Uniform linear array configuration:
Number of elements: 32
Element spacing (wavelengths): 0.25
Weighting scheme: hamming
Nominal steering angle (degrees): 0
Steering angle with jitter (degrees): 0.2645
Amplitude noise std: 0.05
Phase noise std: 0.05

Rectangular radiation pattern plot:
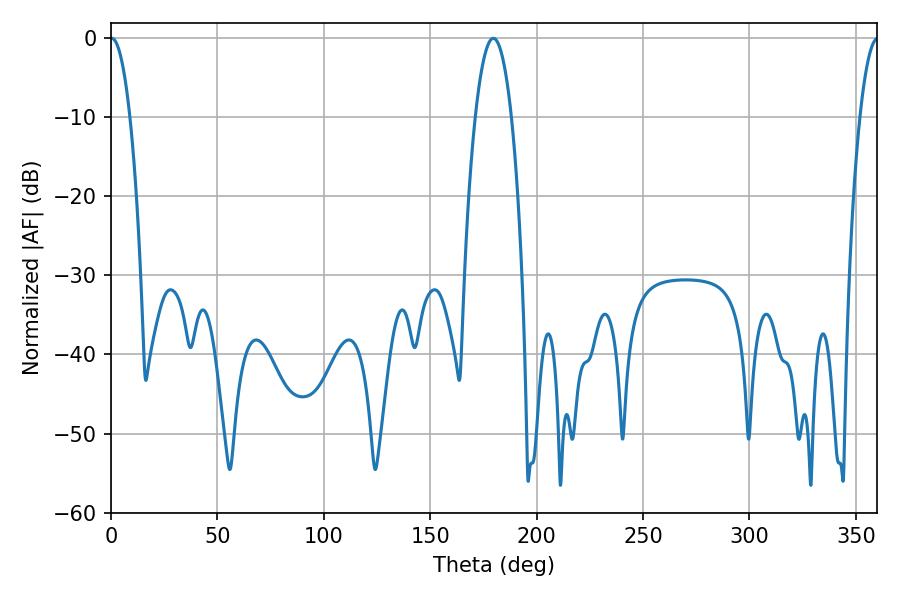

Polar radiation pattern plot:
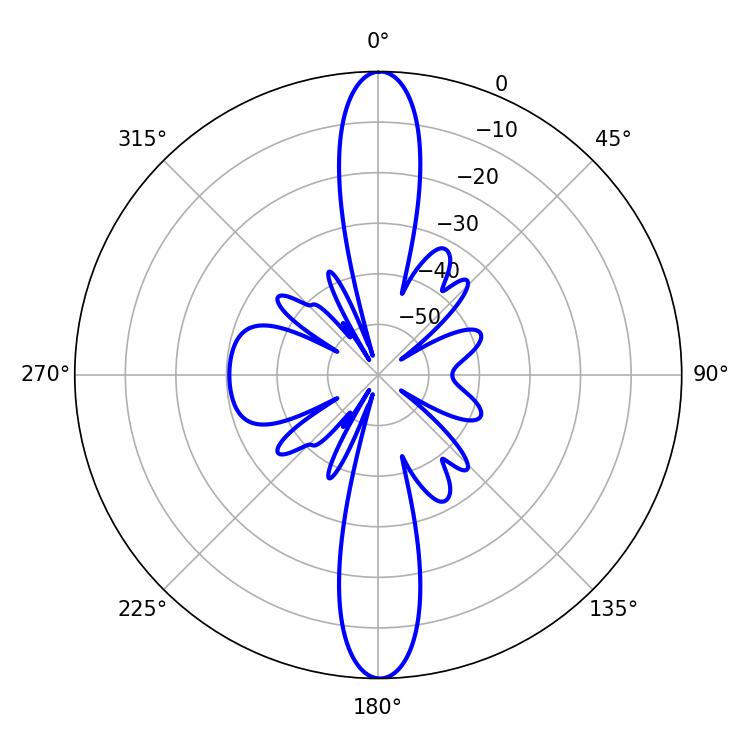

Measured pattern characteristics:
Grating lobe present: FALSE
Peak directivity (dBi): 30.466
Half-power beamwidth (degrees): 5.04
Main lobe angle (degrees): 0.36